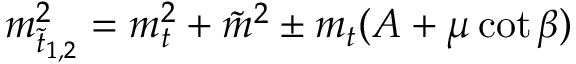
m _ { \tilde { t } _ { 1 , 2 } } ^ { 2 } = m _ { t } ^ { 2 } + \tilde { m } ^ { 2 } \pm m _ { t } ( A + \mu \cot \beta )